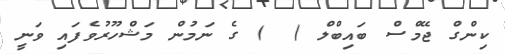
ކިންގް ޖޭމްސް ބައިބްލް (  ) ގެ ނަމުން މަޝްހޫރުވެފައި ވަނީ